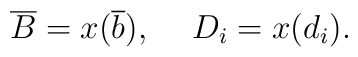
\overline{B}=x(\overline{b}),\hspace{5mm}D_i=x(d_i).